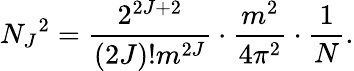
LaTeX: N_{J}{}^{2}=\frac{2^{2J+2}}{(2J)!m^{2J}}\cdot\frac{m^{2}}{4\pi^{2}}\cdot\frac{1}{N}.